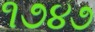
૧૭૪૭